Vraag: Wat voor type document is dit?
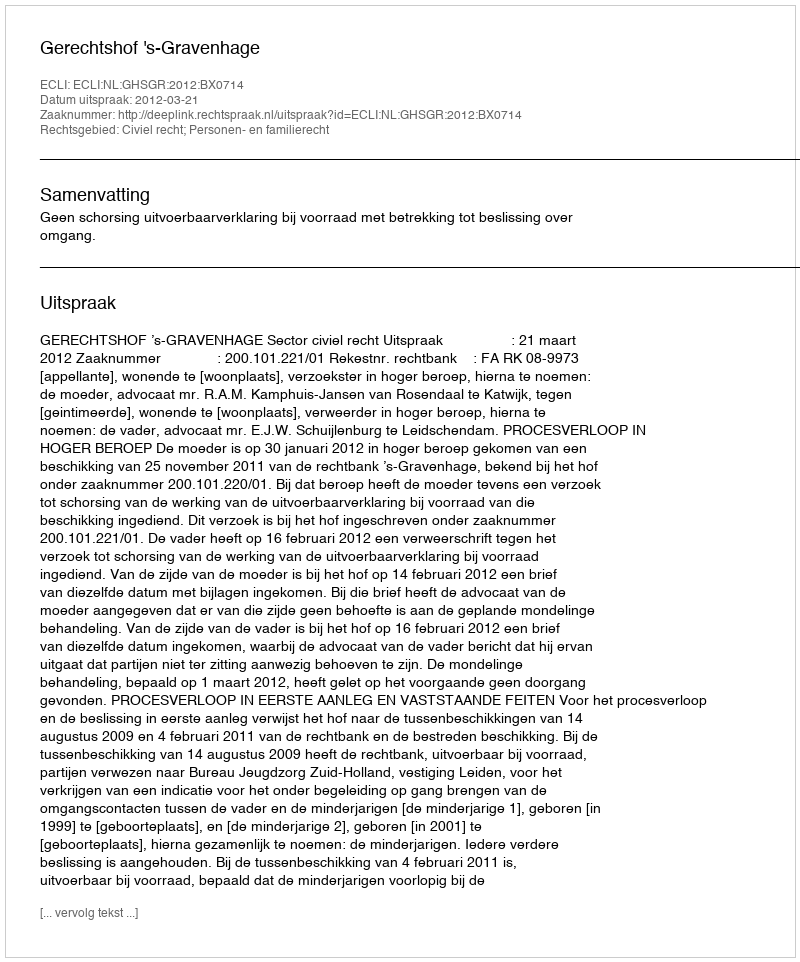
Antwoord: Uitspraak